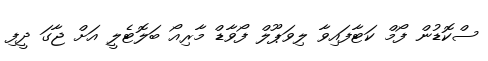
ސްކޮޑުން ފޯމް ކަޓާފައިވާ ލިވަޕޫލް ފޯވާޑް މާރިއޯ ބަލޮޓެލީ އަށް ޖާގަ ދީފި